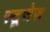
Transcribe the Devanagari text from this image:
स्टूजेज़